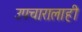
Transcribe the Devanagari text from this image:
उपचारालाही